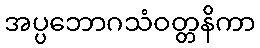
အပ္ပဘောဂသံဝတ္တနိကာ